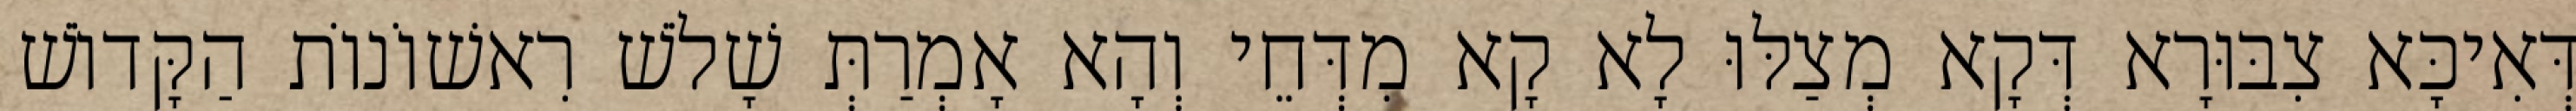
דְּאִיכָּא צִבּוּרָא דְּקָא מְצַלּוּ לָא קָא מִדְּחֵי וְהָא אָמְרַתְּ שָׁלֹשׁ רִאשׁוֹנוֹת הַקָּדוֹשׁ